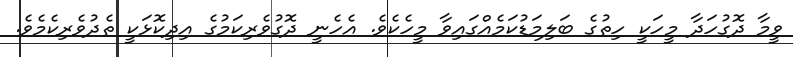
ވީމާ ދޮގުހަދާ މީހަކީ ހިތުގެ ބަލިމަޑުކަމެއްގައިވާ މީހެކެވެ. އެހެނީ ދޮގުވެރިކަމުގެ އިދިކޮޅަކީ ތެދުވެރިކެމެވެ.